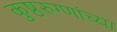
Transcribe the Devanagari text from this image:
कुष्ठरुग्णांच्या